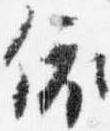
依